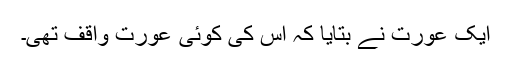
ایک عورت نے بتایا کہ اس کی کوئی عورت واقف تھی۔